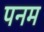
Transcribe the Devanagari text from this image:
पनम